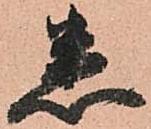
悉